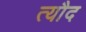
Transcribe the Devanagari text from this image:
त्यौद